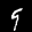
Label: 9